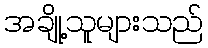
အချို့သူများသည်